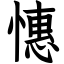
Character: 憓